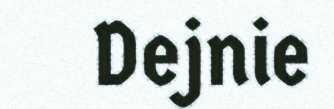
Dejnie